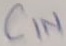
Text: CIN